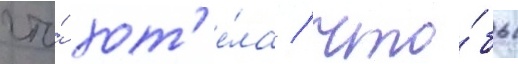
что́ хот'е́ла / что́бы